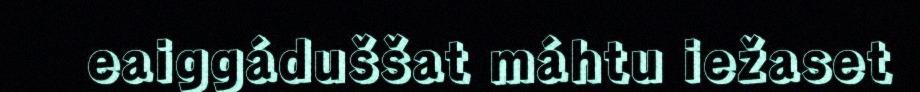
eaiggáduššat máhtu iežaset